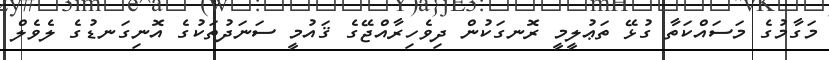
މަގާމުގެ މަސައްކަތާ ގުޅޭ ތަޢުލީމީ ރޮނގަކުން ދިވެހިރާއްޖޭގެ ޤައުމީ ސަނަދުތަކުގެ އޮނިގަނޑުގެ ލެވެލް